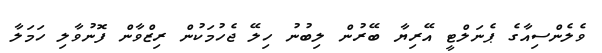
ވެލެންސިއާގެ ޕެނަލްޓީ އޭރިޔާ ބޭރުން ލިބުނު ހިލޭ ޖެހުމަކުން ރިޒްވާން ފޮނުވާލި ހަމަލާ